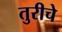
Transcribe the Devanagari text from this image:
तुरीचे